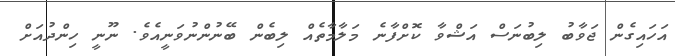
އަހައިގެން ޖަވާބު ލިބުނަސް އަޝްވާ ކޮށްފާނެ މަލާމާތެއް ލިބެން ބޭނުންނުވަނީއެވެ. ނޫނީ ހިންދުއަށް